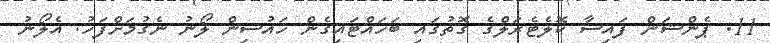
11. ޕެންޝަން ފައިސާ ކޮލެޓެރަލްގެ ގޮތުގައި ބަހައްޓައިގެން ހައުސިން ލޯނު ނެގުމަށްފަހު